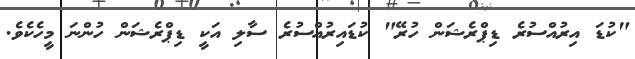
"ކުޑަ އިރުއްސުރެ ޑިޕްރެޝަން ހުރޭ" ކުޑައިރުއްސުރެ ސާލި އަކީ ޑިޕްރެޝަން ހުންނަ މީހެކެވެ.